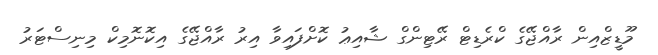
މޫޑީޒްއިން ރާއްޖޭގެ ކްރެޑިޓް ރޭޓިންގް ޝާއިޢު ކޮށްފައިވާ އިރު ރާއްޖޭގެ އިކޮނޮމިކް މިނިސްޓަރު